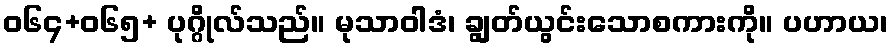
ဝ၆၄+၀၆၅+ ပုဂ္ဂိုလ်သည်။ မုသာဝါဒံ၊ ချွတ်ယွင်းသောစကားကို။ ပဟာယ၊